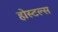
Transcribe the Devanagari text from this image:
होस्टल्स